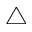
\triangle